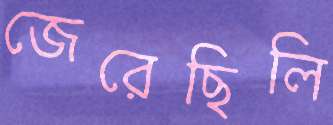
জেরেছিলি